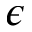
\boldsymbol { \epsilon }